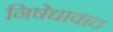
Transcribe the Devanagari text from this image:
निषेधावाद